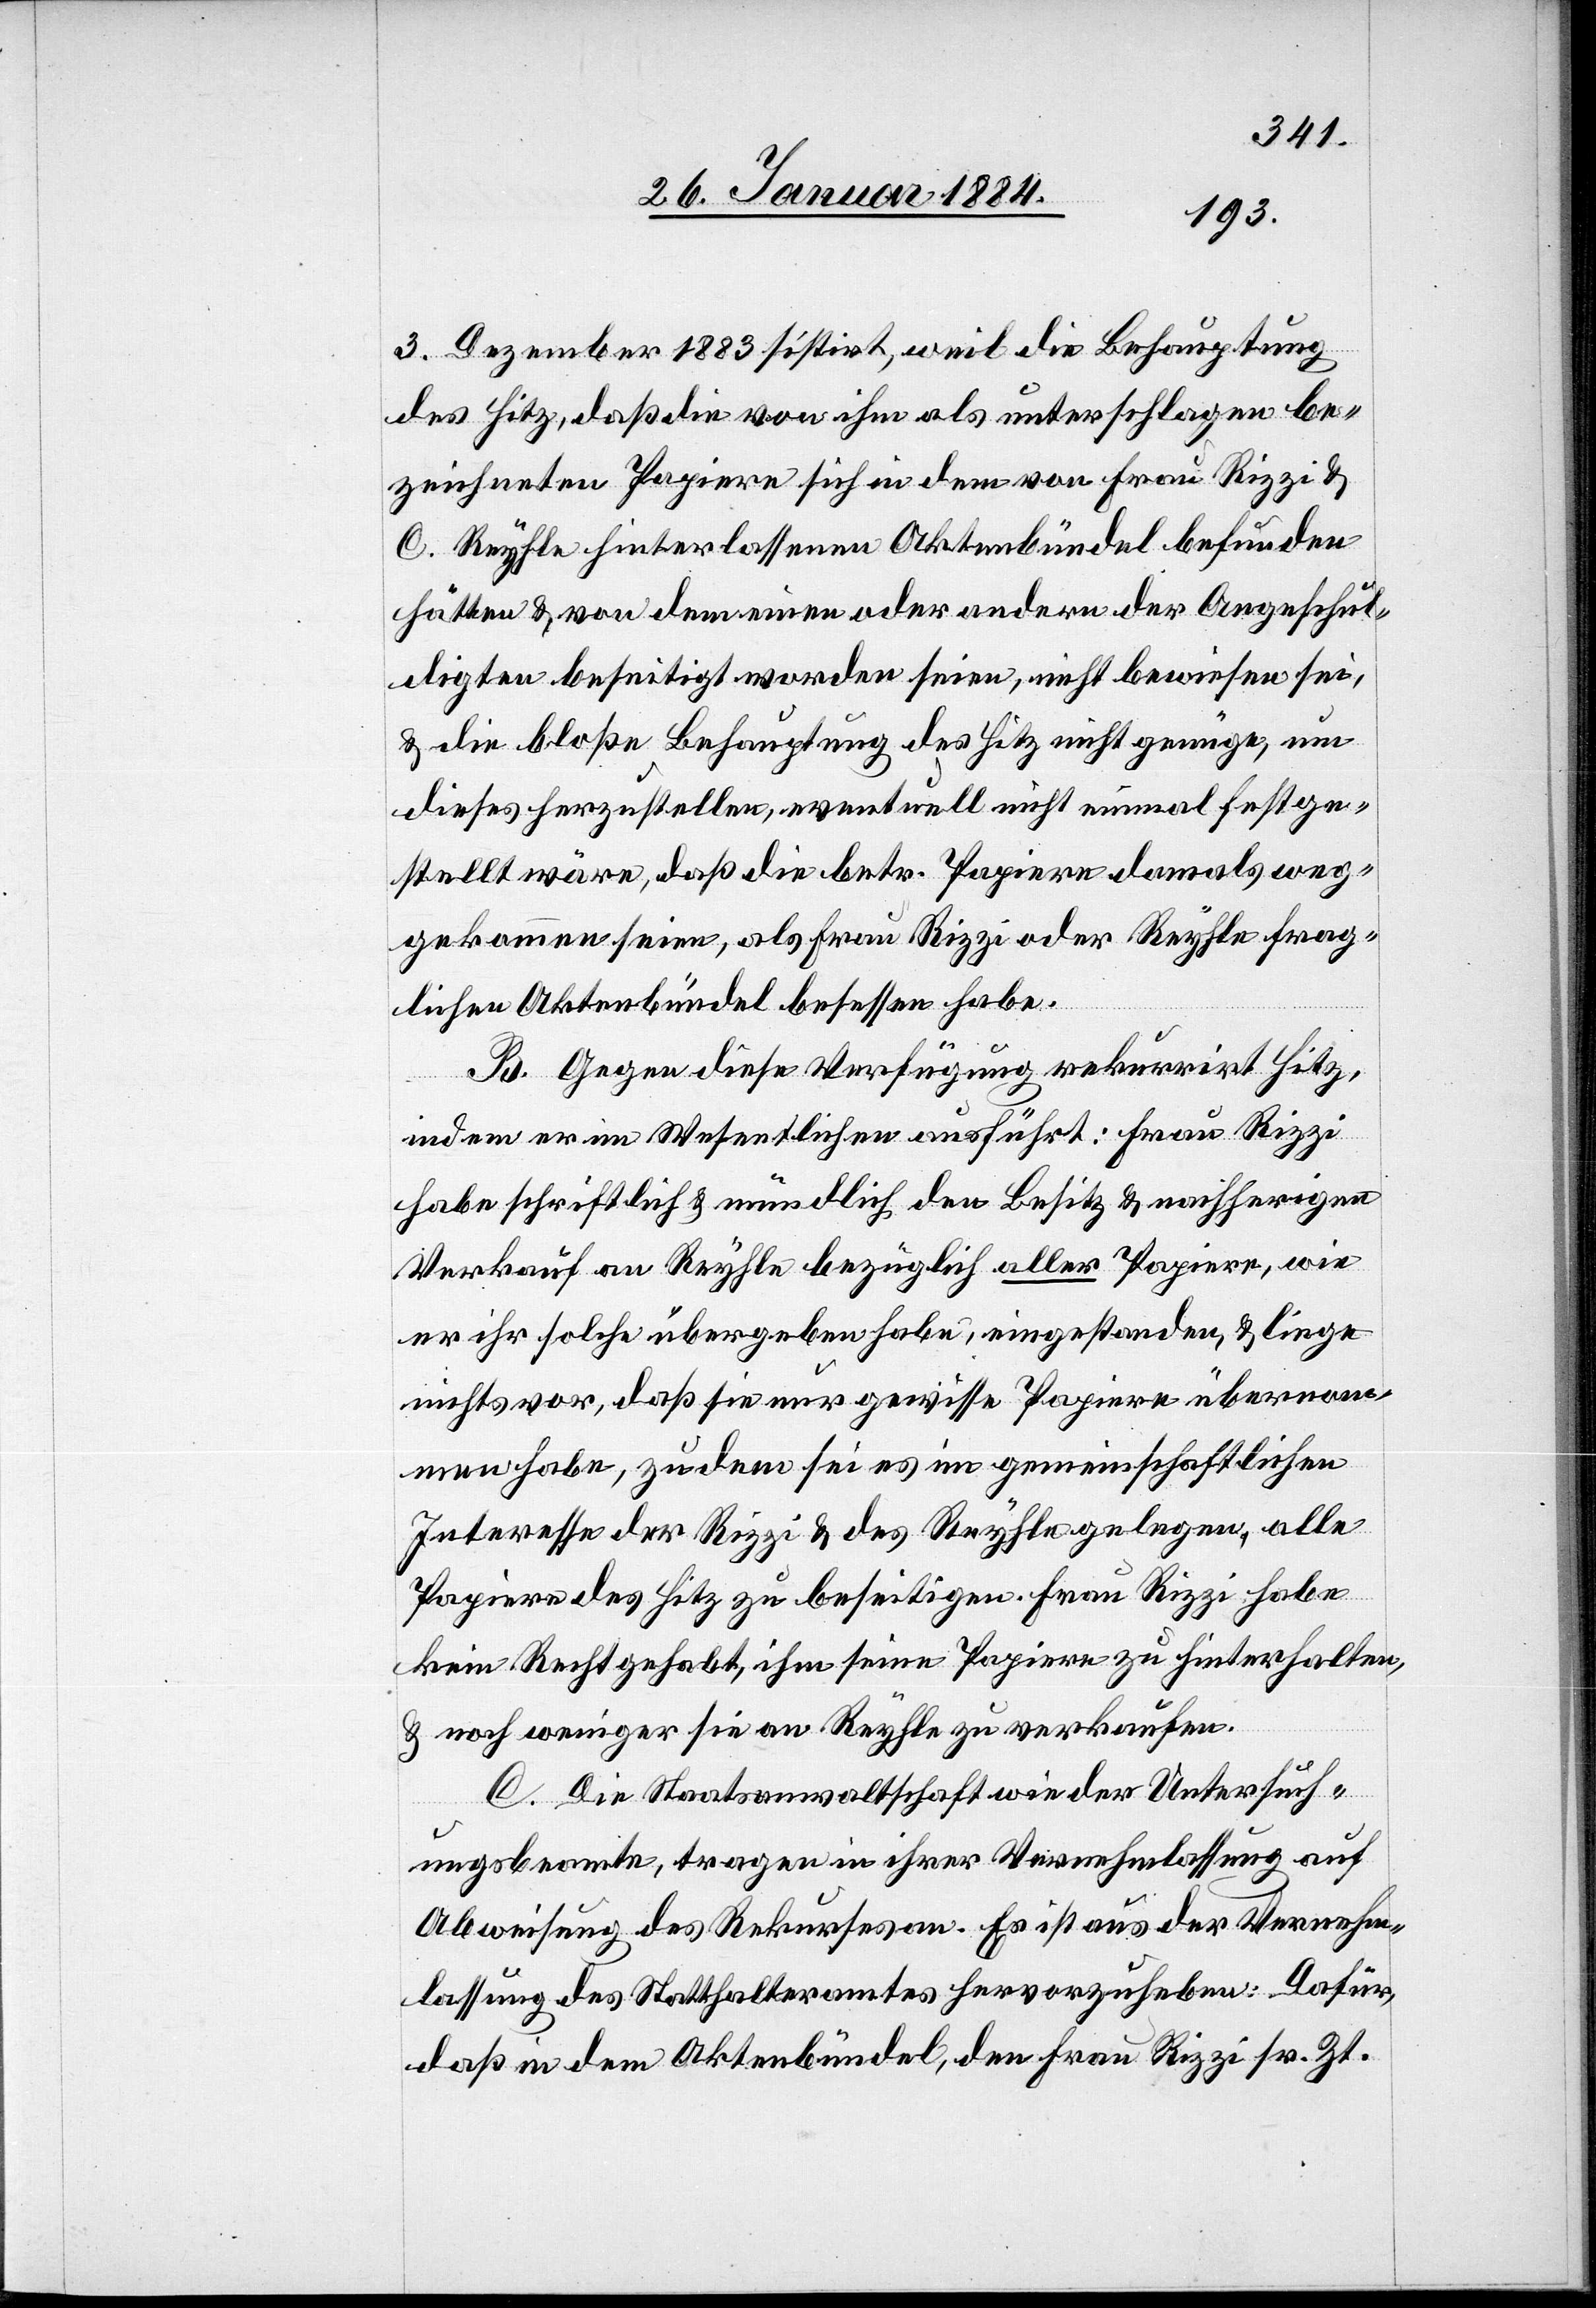
3. Dezember 1883 sistirt, weil die Behauptung
des Hitz, daß die von ihm als unterschlagen be¬
zeichneten Papiere sich in dem von Frau Rizzi &
C. Reyhle hinterlassenen Aktenbündel befunden
hätten & von dem einen oder andern der Angeschul¬
digten beseitigt worden seien, nicht bewiesen sei,
& die bloße Behauptung des Hitz nicht genüge, um
dieses herzustellen, eventuell nicht einmal festge¬
stellt wäre, daß die betr. Papiere damals weg¬
gekommen seien, als Frau Rizzi oder Reyhle frag¬
liche Aktenbündel besessen haben.
B. Gegen diese Verfügung rekurrirt Hitz,
indem er im Wesentlichen ausführt: Frau Rizzi
habe schriftlich & mündlich den Besitz & nachherigen
Verkauf an Reyhle bezüglich aller Papiere, wie
er ihr solche übergeben habe, eingestanden, & liege
nichts vor, daß sie nur gewisse Papiere übernom¬
men habe, zudem sei es im gemeinschaftlichen
Interesse der Rizzi & des Reyhle gelegen, alle
Papiere des Hitz zu beseitigen. Frau Rizzi habe
kein Recht gehabt, ihm seine Papiere zu hinterhalten,
& noch weniger sie an Reyhle zu verkaufen.
C. Die Staatsanwaltschaft wie der Untersuch¬
ungsbeamte, tragen in ihrer Vernehmlassung auf
Abweisung des Rekurses an. Es ist aus der Vernehm¬
lassung des Statthalteramtes hervorzuheben: Dafür,
daß in dem Aktenbündel, den Frau Rizzi sr. Zt.